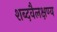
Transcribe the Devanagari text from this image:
शब्दवैलक्षण्य